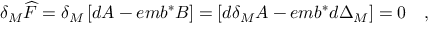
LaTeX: \delta _ { M } \widehat { F } = \delta _ { M } \left[ d A - e m b ^ { * } B \right] = \left[ d \delta _ { M } A - e m b ^ { * } d \Delta _ { M } \right] = 0 \quad ,